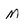
Character: M